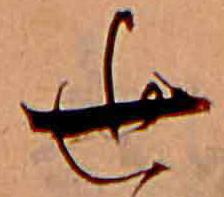
世